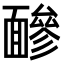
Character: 𩈼